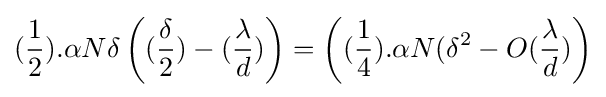
({\dfrac {1}{2}}).\alpha N\delta \left(({\dfrac {\delta }{2}})-({\dfrac {\lambda }{d}})\right)=\left(({\dfrac {1}{4}}).\alpha N(\delta ^{2}-O({\dfrac {\lambda }{d}})\right)